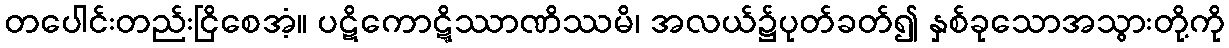
တပေါင်းတည်းငြိစေအံ့။ ပဋိကောဋ္ဋိဿာဏိဿမိ၊ အလယ်၌ပုတ်ခတ်၍ နှစ်ခုသောအသွားတို့ကို